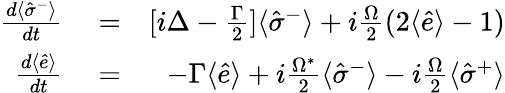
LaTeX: \begin{array}{rlr}{\frac{d\langle\hat{\sigma}^{-}\rangle}{dt}}&{{}=}&{[i\Delta-\frac{\Gamma}{2}]\langle\hat{\sigma}^{-}\rangle+i\frac{\Omega}{2}(2\langle\hat{e}\rangle-1)}\\ {\frac{d\langle\hat{e}\rangle}{dt}}&{{}=}&{-\Gamma\langle\hat{e}\rangle+i\frac{\Omega^{*}}{2}\langle\hat{\sigma}^{-}\rangle-i\frac{\Omega}{2}\langle\hat{\sigma}^{+}\rangle}\end{array}